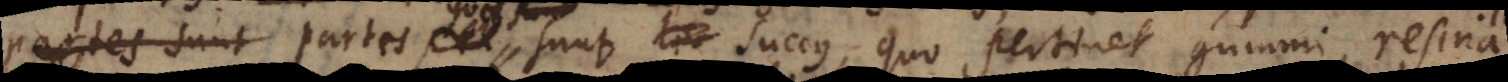
partes quae sunt succus, quo pertinet gummi, resina,